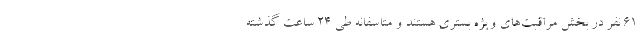
61 نفر در بخش مراقبت‌های ویژه بستری هستند و متاسفانه طی 24 ساعت گذشته